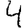
Digit: 4